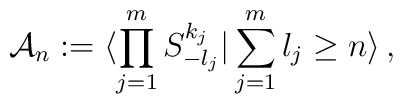
{\cal A}_{n} : = \langle \prod_{j=1}^{m} S^{k_j}_{-l_j} |\sum_{j=1}^{m} l_j \geq n \rangle\,,